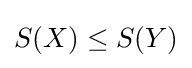
S(X)\leq S(Y)